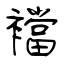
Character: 襠